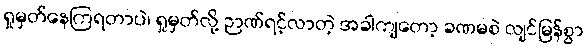
ရှုမှတ်နေကြရတာပဲ၊ ရှုမှတ်လို့ ဉာဏ်ရင့်လာတဲ့ အခါကျတော့ ခဏမစဲ လျင်မြန်စွာ